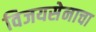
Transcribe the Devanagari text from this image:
विजयसेनाचा